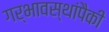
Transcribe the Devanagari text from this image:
गर्भावस्थांपैकी